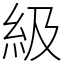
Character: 級